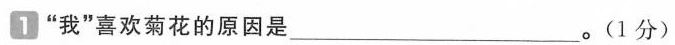
1”我”喜欢菊花的原因是___。(1分)